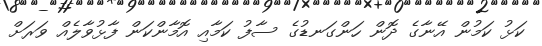
ކަޅު ކަމުން އޭނާގެ ދޮން ހަންގަނޑުގެ ސާފު ކަމާއި އޮމާންކަން ފާޅުވާލެއް ވަރަށް